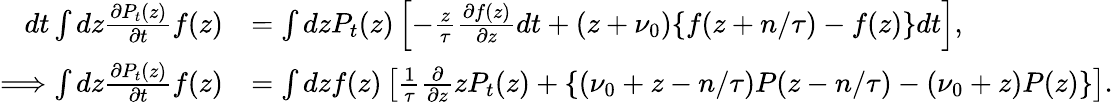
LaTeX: \begin{array}{rl}{dt\int dz\frac{\partial P_{t}(z)}{\partial t}f(z)}&{=\int dzP_{t}(z)\left[-\frac{z}{\tau}\frac{\partial f(z)}{\partial z}dt+(z+\nu_{0})\{ f(z+n/\tau)-f(z)\} dt\right],}\\ {\Longrightarrow\int dz\frac{\partial P_{t}(z)}{\partial t}f(z)}&{=\int dzf(z)\left[\frac{1}{\tau}\frac{\partial}{\partial z}zP_{t}(z)+\{ (\nu_{0}+z-n/\tau)P(z-n/\tau)-(\nu_{0}+z)P(z)\} \right].}\end{array}